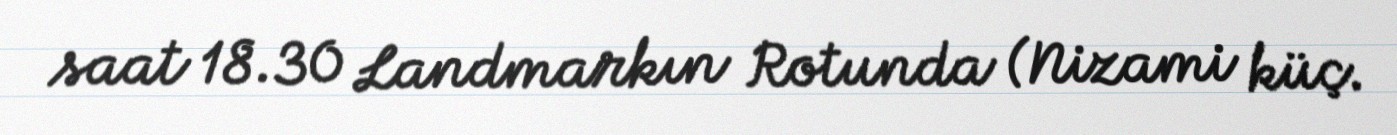
saat 18.30 Landmarkın Rotunda (Nizami küç.